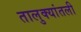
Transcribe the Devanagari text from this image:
तालुक्यांतली